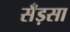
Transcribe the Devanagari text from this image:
सँड़सा